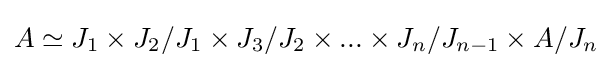
A\simeq J_{1}\times J_{2}/J_{1}\times J_{3}/J_{2}\times ...\times J_{n}/J_{n-1}\times A/J_{n}